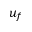
u _ { f }